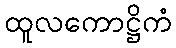
ထူလကောဋ္ဌိကံ